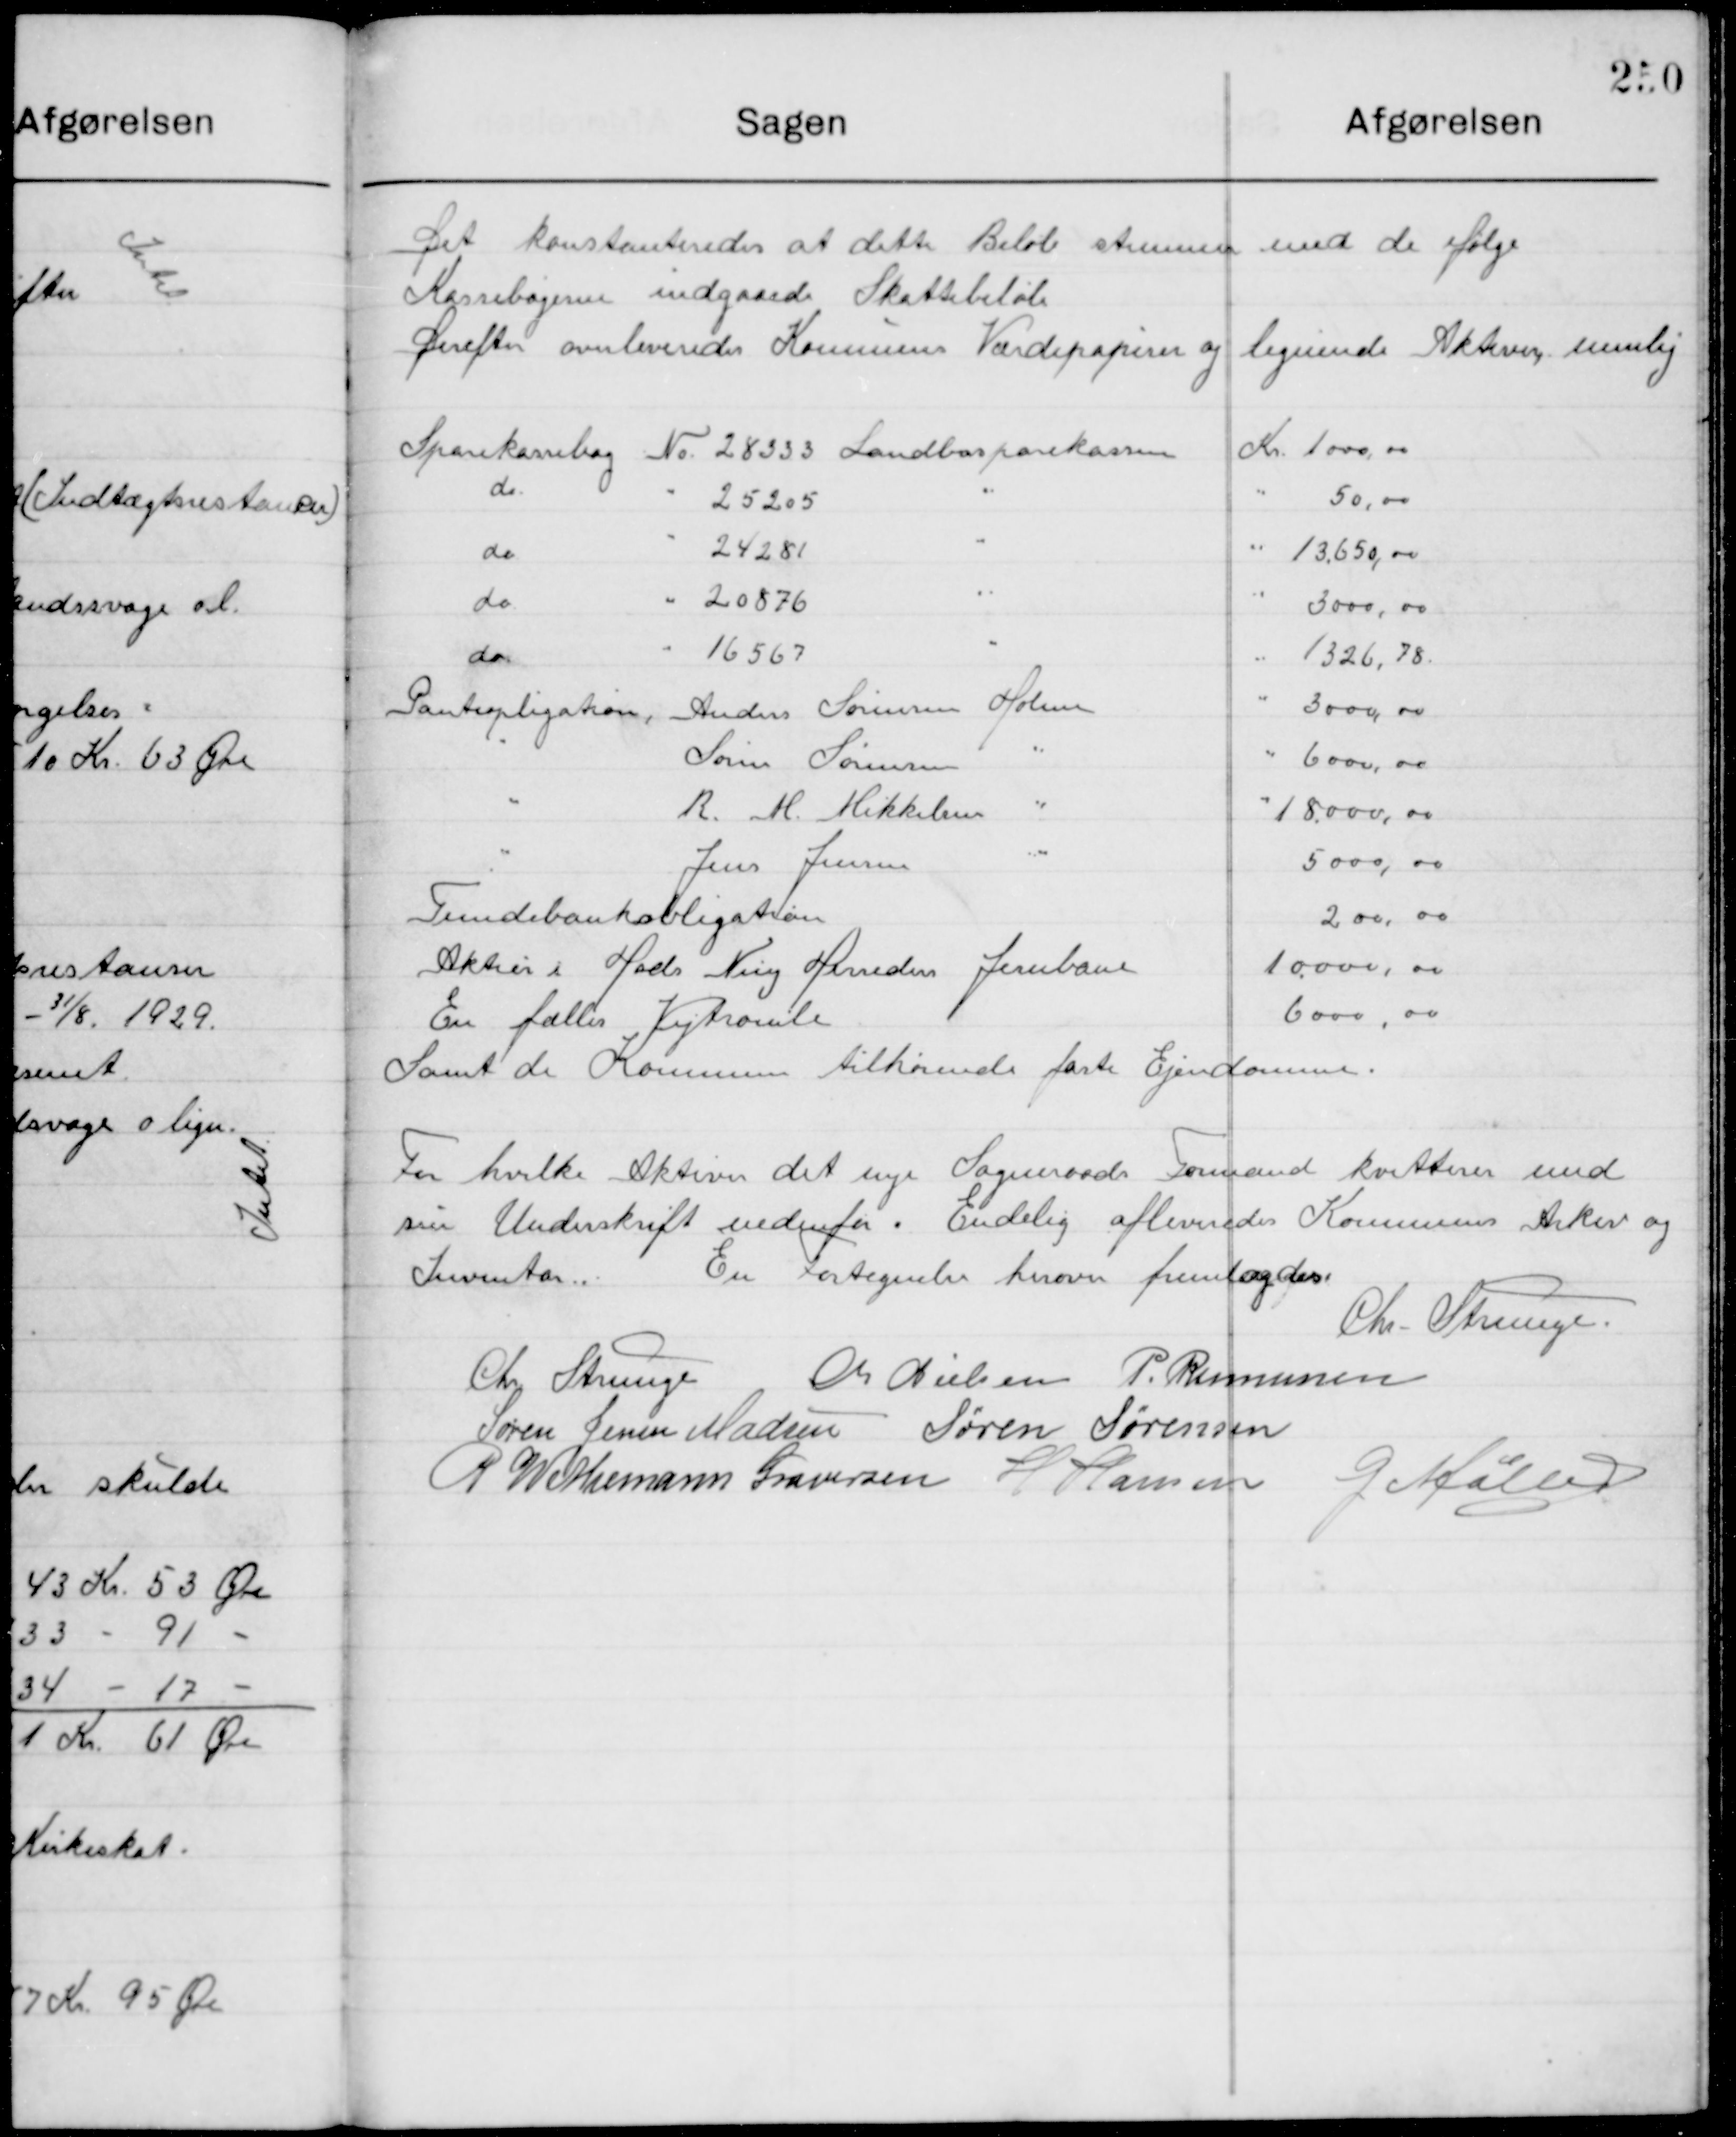
Transskription:
Det konstateres at dette Beløb stemmer med de ifølge
Kassebøgerne indgaaed Skattebeløb
Derefter overleverede Kommunens værdipapirer og lignende Aktiver nemlig

Sparekassebog	Nr. 	288333 Landbosparekassen Kr. 	1000,00
do - 25205 -	50,00
do - 24281 -	3.650,00
do - 20876 -	3000,00		
do	- 16567 -	1326,78
Panteopligation, 	Anders Sørensen Holme -	 3000.00
- Søren Sørensen -	6000.00
- R. M. Mikkelsen 18.000,00
- Jens Jensen - 5000,00
Fremeds bankobligation - 200,00	
Aktier i Hads Ning Herreders Jernbane 10.000,00
En fælles Vejtromle	- 6000,00
Samt de til Kommunens tilhørende faste Ejendomme

For hvilke Aktiver det nye Sogneraads Formand kvitteres med
sin Underskrift nedenfor. Endelig afleveredes Kommunens Aktiv og 
Inventar. En fortegnelse herover fremlagdes.
Ch. Strunge.

Chr. Strunge
M. Nielsen
P. Rasmussen
Søren Jensen Madsen
Søren Sørensen
P. Wethemann Graversen
H. Hansen
G. Møller